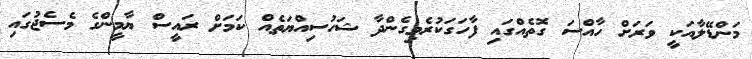
މަންޑޭލާއަކީ ވަރަށް ހާއްސަ ގޮތެއްގައި ފާހަގަކުރެވިގެންދާ ޝަހުސިއްޔަތެއް ކަމަށް ރައީސް ޔާމީންގެ މެސެޖުގައި